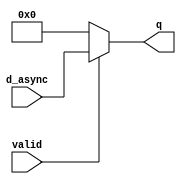
//------------------------------------------------------------------------------
// The confidential and proprietary information contained in this file may
// only be used by a person authorised under and to the extent permitted
// by a subsisting licensing agreement from ARM Limited.
//
//            (C) COPYRIGHT 2003-2010 ARM Limited.
//                ALL RIGHTS RESERVED
//
// This entire notice must be reproduced on all copies of this file
// and copies of this file may only be made by a person if such person is
// permitted to do so under the terms of a subsisting license agreement
// from ARM Limited.
//------------------------------------------------------------------------------
// Version and Release Control Information:
//
// File Revision       :  7369 
// File Date           :  2010-04-27 20:30:45 +0530 (Tue, 27 Apr 2010) 
// Release Information : Cortex-M0 DesignStart-r2p0-00rel0
//------------------------------------------------------------------------------
//  Purpose : Single AND gate to clamp unstable values to zero when crossing domains.
//            This file will stop the simulation if unsafe values are detected.
// -----------------------------------------------------------------------------

module cxapbasyncbridge_cdc_comb_and (q, d_async, valid);

  parameter WIDTH = 4; // Width of the payload

  // ------------------------------------------------------
  // port declaration
  // ------------------------------------------------------
  output [WIDTH-1:0] q;
  input  [WIDTH-1:0] d_async;     // May be connected to an asynchronous input
  input              valid;

  assign  q = (valid) ? d_async : {WIDTH{1'b0}};

`ifdef ARM_CDC_CHECK

  integer   i;

  // Use an assertion if assertions are enabled.
  wire [WIDTH-1:0]  q_d;
  reg               z_detect;

  initial
    z_detect = 1'b0;

  // Create a delayed signal to ensure that any error fires at the correct
  // time
  assign #1 q_d = q;

  // Stop the simulation if any bits are Z when mux is enabled
  always @(q_d)
    if (valid)
      for (i = 0; i <= WIDTH; i = i + 1)
        if (d_async[i] === 1'bz)
          begin
            z_detect <= 1'b1;
          end

  always @(posedge z_detect)
     begin
          $display("FATAL : Unsafe operation detected across CDC boundary");
          $stop;
     end

`endif

endmodule